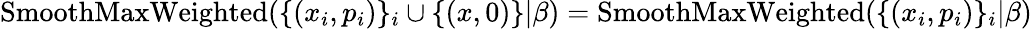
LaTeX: \operatorname{SmoothMaxWeighted}(\{ (x_{i},p_{i})\} _{i}\cup\{ (x,0)\} |\beta)=\operatorname{SmoothMaxWeighted}(\{ (x_{i},p_{i})\} _{i}|\beta)